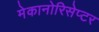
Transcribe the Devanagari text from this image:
मेकानोरिसेप्टर